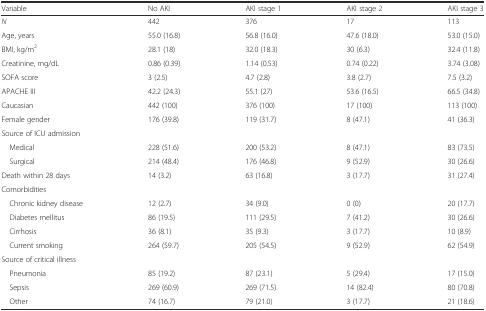
<table><thead><tr><td><b>Variable</b></td><td><b>No AKI</b></td><td><b>AKI stage 1</b></td><td><b>AKI stage 2</b></td><td><b>AKI stage 3</b></td></tr></thead><tbody><tr><td><i>N</i></td><td>442</td><td>376</td><td>17</td><td>113</td></tr><tr><td>Age, years</td><td>55.0 (16.8)</td><td>56.8 (16.0)</td><td>47.6 (18.0)</td><td>53.0 (15.0)</td></tr><tr><td>BMI, kg/m<sup>2</sup></td><td>28.1 (18)</td><td>32.0 (18.3)</td><td>30 (6.3)</td><td>32.4 (11.8)</td></tr><tr><td>Creatinine, mg/dL</td><td>0.86 (0.39)</td><td>1.14 (0.53)</td><td>0.74 (0.22)</td><td>3.74 (3.08)</td></tr><tr><td>SOFA score</td><td>3 (2.5)</td><td>4.7 (2.8)</td><td>3.8 (2.7)</td><td>7.5 (3.2)</td></tr><tr><td>APACHE III</td><td>42.2 (24.3)</td><td>55.1 (27)</td><td>53.6 (16.5)</td><td>66.5 (34.8)</td></tr><tr><td>Caucasian</td><td>442 (100)</td><td>376 (100)</td><td>17 (100)</td><td>113 (100)</td></tr><tr><td>Female gender</td><td>176 (39.8)</td><td>119 (31.7)</td><td>8 (47.1)</td><td>41 (36.3)</td></tr><tr><td colspan="5">Source of ICU admission</td></tr><tr><td> Medical</td><td>228 (51.6)</td><td>200 (53.2)</td><td>8 (47.1)</td><td>83 (73.5)</td></tr><tr><td> Surgical</td><td>214 (48.4)</td><td>176 (46.8)</td><td>9 (52.9)</td><td>30 (26.6)</td></tr><tr><td>Death within 28 days</td><td>14 (3.2)</td><td>63 (16.8)</td><td>3 (17.7)</td><td>31 (27.4)</td></tr><tr><td colspan="5">Comorbidities</td></tr><tr><td> Chronic kidney disease</td><td>12 (2.7)</td><td>34 (9.0)</td><td>0 (0)</td><td>20 (17.7)</td></tr><tr><td> Diabetes mellitus</td><td>86 (19.5)</td><td>111 (29.5)</td><td>7 (41.2)</td><td>30 (26.6)</td></tr><tr><td> Cirrhosis</td><td>36 (8.1)</td><td>35 (9.3)</td><td>3 (17.7)</td><td>10 (8.9)</td></tr><tr><td> Current smoking</td><td>264 (59.7)</td><td>205 (54.5)</td><td>9 (52.9)</td><td>62 (54.9)</td></tr><tr><td colspan="5">Source of critical illness</td></tr><tr><td> Pneumonia</td><td>85 (19.2)</td><td>87 (23.1)</td><td>5 (29.4)</td><td>17 (15.0)</td></tr><tr><td> Sepsis</td><td>269 (60.9)</td><td>269 (71.5)</td><td>14 (82.4)</td><td>80 (70.8)</td></tr><tr><td> Other</td><td>74 (16.7)</td><td>79 (21.0)</td><td>3 (17.7)</td><td>21 (18.6)</td></tr></tbody></table>